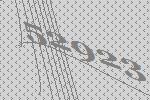
52923